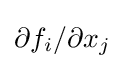
{\partial f_{i}}/{\partial x_{j}}